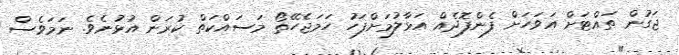
ޖަގުން ތައްޓަށް އަވަހަށް ފެންފޮދެއް އަޅާލުމަށްފަހު ހަމަޖެހޭތޯ މަސައްކަތް ކުރަން އުޅުނެވެ. ނަމަވެސް